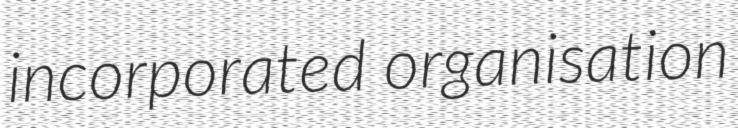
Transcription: incorporated organisation